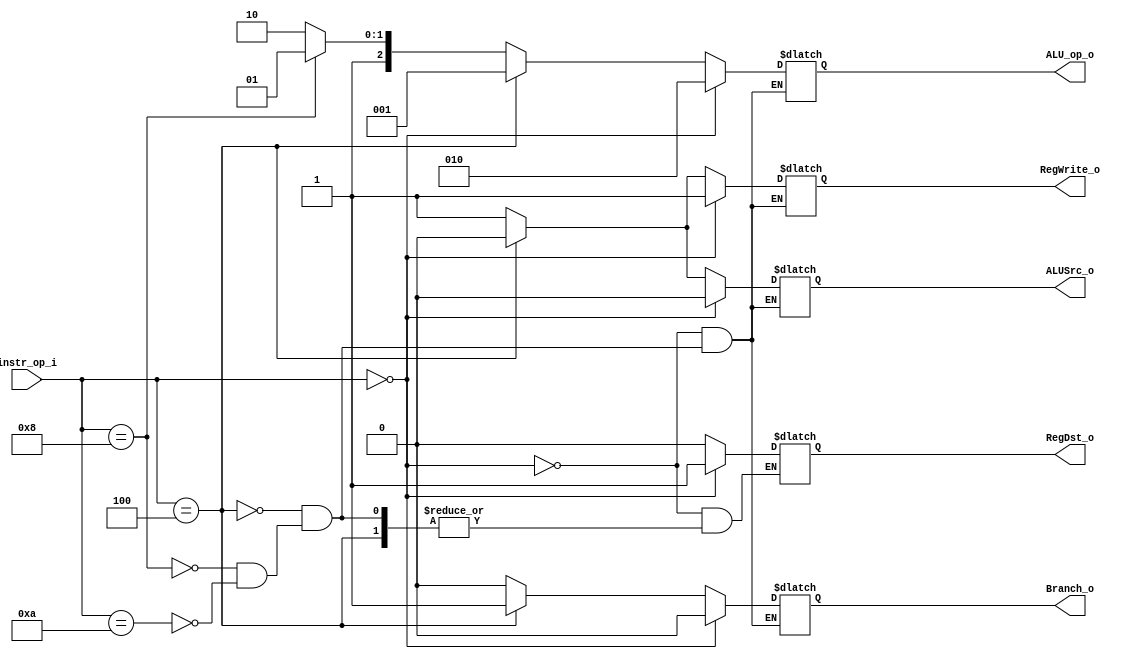
//Subject:     CO project 2 - Decoder
//--------------------------------------------------------------------------------
//Version:     1
//--------------------------------------------------------------------------------
//Writer:      Luke
//----------------------------------------------
//Date:        
//----------------------------------------------
//Description: 
//--------------------------------------------------------------------------------
`timescale 1ns/1ps
module Decoder(
    instr_op_i,
	RegWrite_o,
	ALU_op_o,
	ALUSrc_o,
	RegDst_o,
	Branch_o
	);
     
//I/O ports
input  [6-1:0] instr_op_i;

output         RegWrite_o;
output [3-1:0] ALU_op_o;
output         ALUSrc_o;
output         RegDst_o;
output         Branch_o;
 
//Internal Signals
reg    [3-1:0] ALU_op_o;
reg            ALUSrc_o;
reg            RegDst_o; 
reg            RegWrite_o;
reg            Branch_o;

//Parameter
always @(instr_op_i) begin
	if(instr_op_i==0)begin
		ALU_op_o<=3'b010;
		RegDst_o<=1'b1;
		RegWrite_o<=1'b1;
		ALUSrc_o<=1'b0;
		Branch_o<=1'b0;
	end
	else if(instr_op_i==4)begin
		ALU_op_o<=3'b001;
		RegDst_o<=RegDst_o; 
		RegWrite_o<=1'b0;
		ALUSrc_o<=1'b0;
		Branch_o<=1'b1;
	end
	else if(instr_op_i==8)begin
		ALU_op_o<=3'b101; 
		RegDst_o<=1'b0;
		RegWrite_o<=1'b1;
		ALUSrc_o<=1'b1;
		Branch_o<=1'b0;
	end
	else if(instr_op_i==10)begin
		ALU_op_o<=3'b110;
		RegDst_o<=1'b0;
		RegWrite_o<=1'b1;
		ALUSrc_o<=1'b1;
		Branch_o<=1'b0;
	end
end

//Main function

endmodule